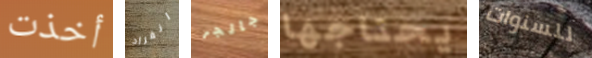
أخذت انفراد جالجر يحتاجها للسنوات